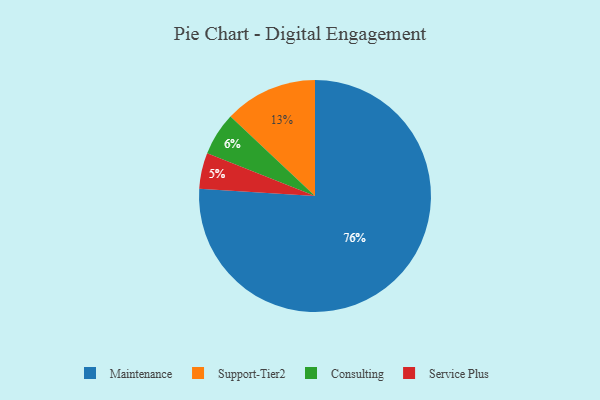
{"axis": {"x": "Category", "y": "Percentage"}, "legend": ["Consulting", "Maintenance", "Service Plus", "Support-Tier2"], "data": [{"x": "Service Plus", "y": 5, "type": "Service Plus"}, {"x": "Consulting", "y": 6, "type": "Consulting"}, {"x": "Support-Tier2", "y": 13, "type": "Support-Tier2"}, {"x": "Maintenance", "y": 76, "type": "Maintenance"}]}